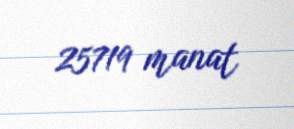
25719 manat